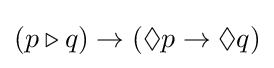
(p\triangleright q)\rightarrow (\Diamond p\rightarrow \Diamond q)